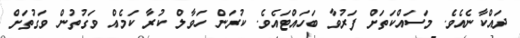
ދައްކާނެއެވެ. މަސައްކަތަށް ފަރުވާ ބަހައްޓައެވެ. ކުރަން ހަވާލް ކުރާ ކަމެއް ވަގުތުން ވަގުތަށް